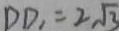
D D _ { 1 } = 2 \sqrt { 3 }